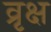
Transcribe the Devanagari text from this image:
व्रृक्ष